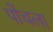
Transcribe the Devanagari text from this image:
पोंचला